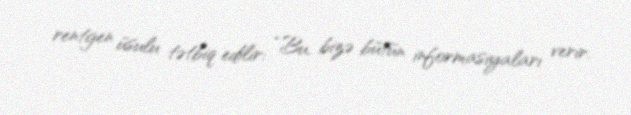
rentgen üsulu tətbiq edilir: “Bu, bizə bütün informasiyaları verir.